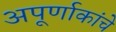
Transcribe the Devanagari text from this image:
अपूर्णाकांचे